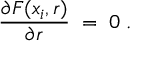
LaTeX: { \frac { \partial F ( x _ { i } , r ) } { \partial r } } \; = \; 0 \; .